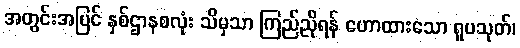
အတွင်းအပြင် နှစ်ဌာနစလုံး သိမှသာ ကြည်ညိုရန် ဟောထားသော ရူပသုတ်၊